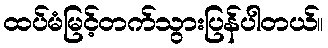
ထပ်မံမြင့်တက်သွားပြန်ပါတယ်။